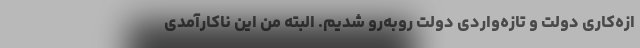
ازه‌کاری دولت و تازه‌واردی دولت روبه‌رو شدیم. البته من این ناکارآمدی